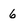
Character: 6